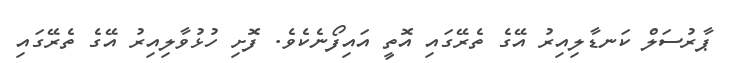
ޕާރުސަލް ކަނޑާލިއިރު އޭގެ ތެރޭގައި އޮތީ އައިފޯނެކެވެ. ފޮށި ހުޅުވާލިއިރު އޭގެ ތެރޭގައި